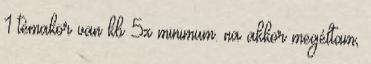
1 témakör van kb 5x minimum. na akkor megéltam,